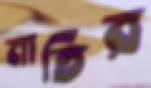
নাতির